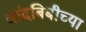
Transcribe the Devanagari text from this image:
चांदबिबीच्या